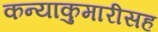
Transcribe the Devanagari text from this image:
कन्याकुमारीसह